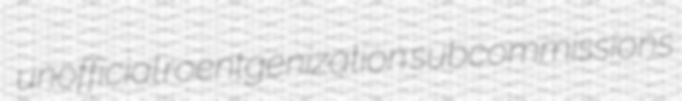
unofficial roentgenization subcommissions